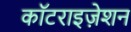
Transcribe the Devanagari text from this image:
कॉटराइज़ेशन